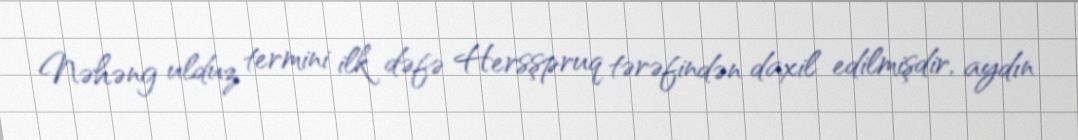
Nəhəng ulduz termini ilk dəfə Hersşpruq tərəfindən daxil edilmişdir, aydın